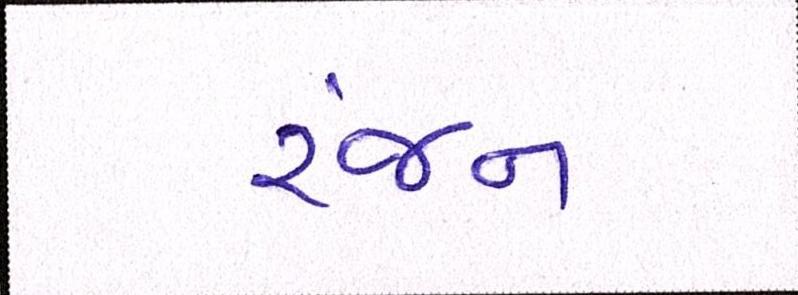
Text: રંજન